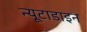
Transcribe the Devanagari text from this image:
न्यूटाडाइन